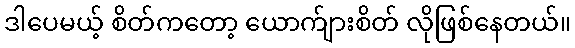
ဒါပေမယ့် စိတ်ကတော့ ယောက်ျားစိတ် လိုဖြစ်နေတယ်။